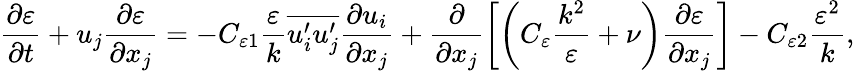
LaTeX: \frac{\partial\varepsilon}{\partial t}+u_{j}\frac{\partial\varepsilon}{\partial x_{j}}=-C_{\varepsilon 1}\frac{\varepsilon}{k}\overline{{u_{i}^{\prime}u_{j}^{\prime}}}\frac{\partial u_{i}}{\partial x_{j}}+\frac{\partial}{\partial x_{j}}\left[\left(C_{\varepsilon}\frac{k^{2}}{\varepsilon}+\nu\right)\frac{\partial\varepsilon}{\partial x_{j}}\right]-C_{\varepsilon 2}\frac{\varepsilon^{2}}{k},